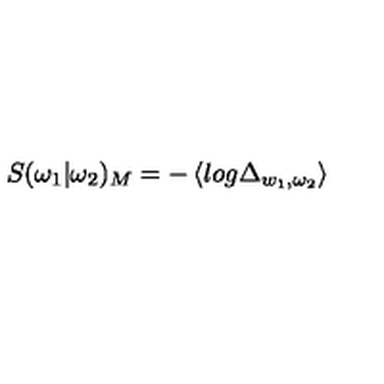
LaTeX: S ( \omega _ { 1 } | \omega _ { 2 } ) _ { M } = - \left\langle l o g \Delta _ { w _ { 1 } , \omega _ { 2 } } \right\rangle